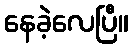
နေခဲ့လေပြီ။